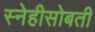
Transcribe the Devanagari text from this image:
स्नेहीसोबती